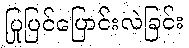
ပြုပြင်ပြောင်းလဲခြင်း